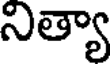
నిత్యా